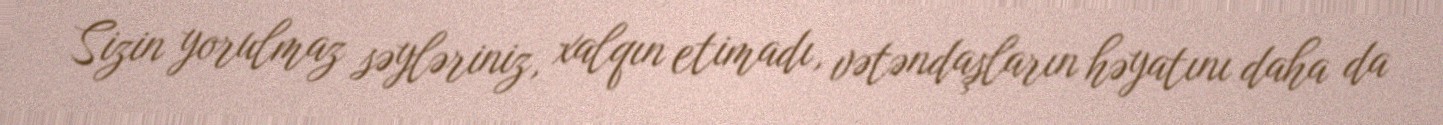
Sizin yorulmaz səyləriniz, xalqın etimadı, vətəndaşların həyatını daha da